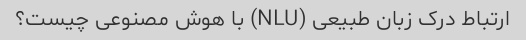
ارتباط درک زبان طبیعی (NLU) با هوش مصنوعی چیست؟